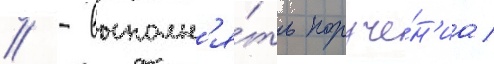
// - выполн'я́ть поруче́н'иа